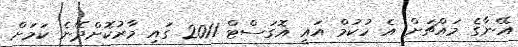
އޭނާގެ މައްޗަށް އެ ހުކުމް އައީ އޮގަސްޓް 2011 ގައި މާރުކޮށްދޭނެ ކަމަށް